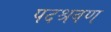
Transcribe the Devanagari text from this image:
पदश्रवण